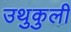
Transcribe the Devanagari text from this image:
उथुकुली